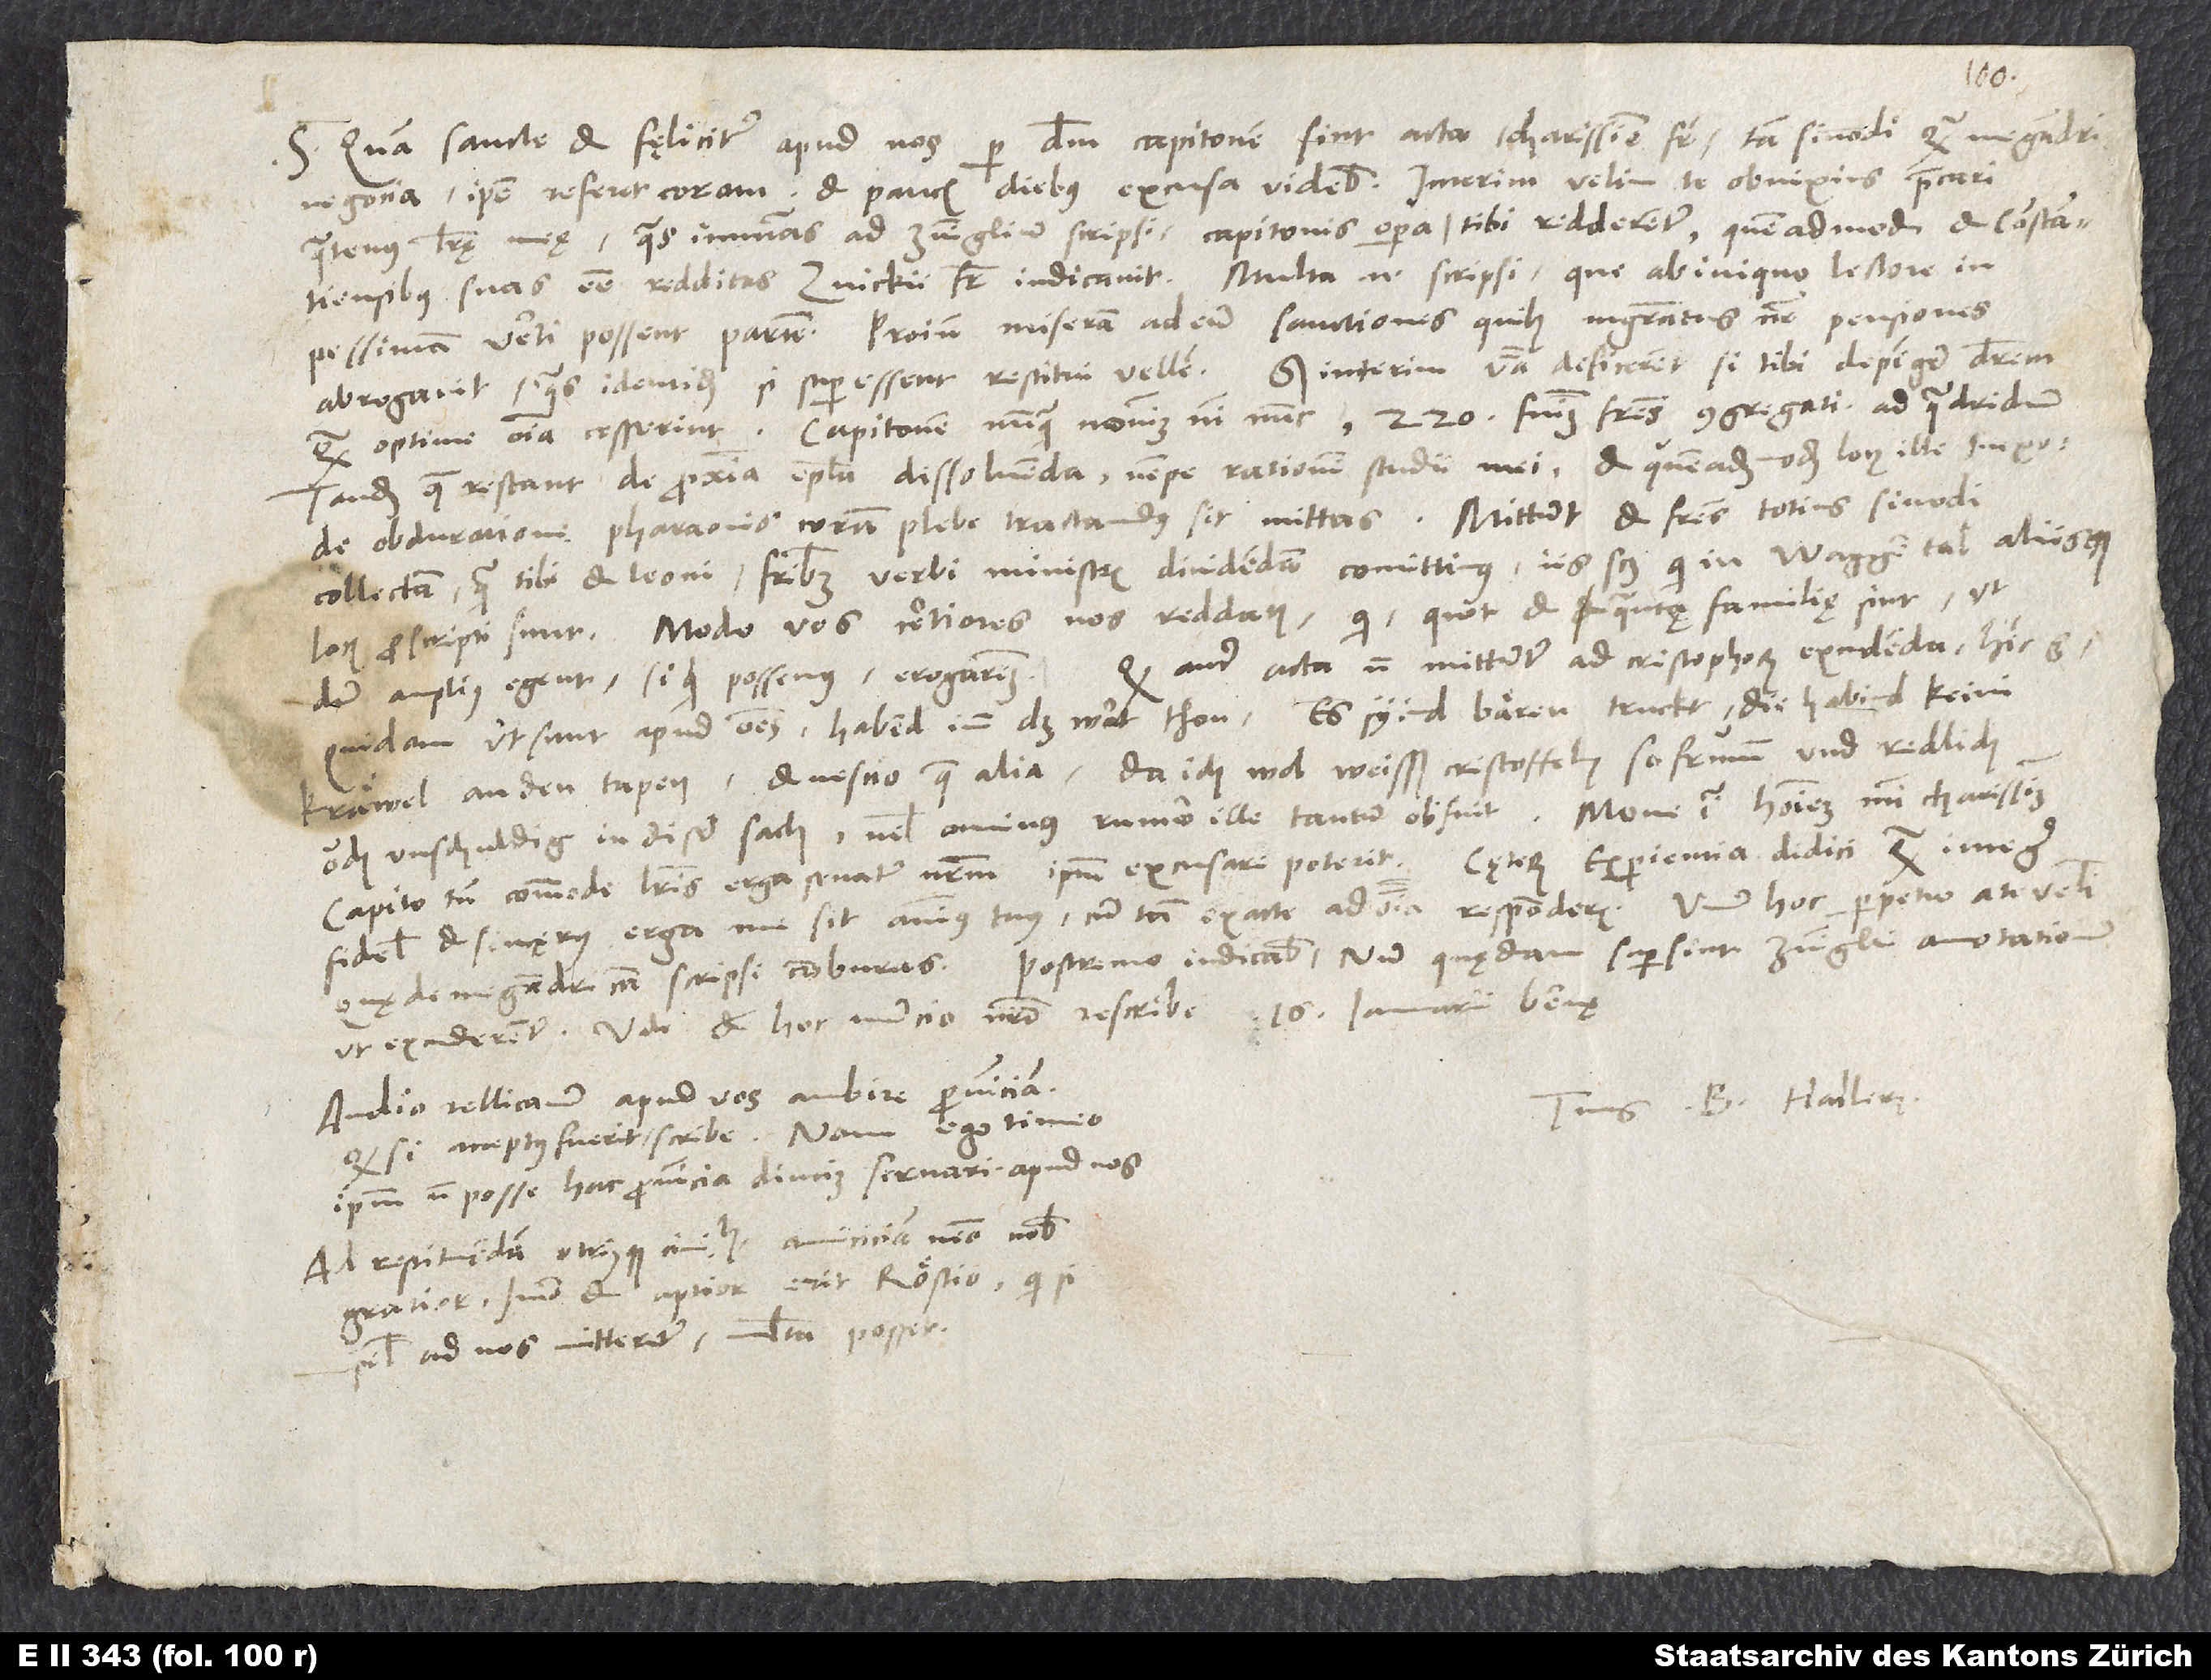
S. Quam sancte et fęliciter apud nos per dominum Capitonem sint acta, charissime frater, tam sinodi quam Megandri
quatenus literae meae, quas innumeras ad Zuinglium scripsi, Capitonis opera tibi redderentur, quemadmodum et Constantiensibus
suas esse redditas Zuickii frater indicavit. Multa enim scripsi, que ab iniquo lectore in
pessimam verti possent partem. Proinde miseram ad eum sanctiones, quibus magistratus noster pensiones
abrogavit, quas identidem, si superessent, restitui vellem. Sed interim verba deficerent, si tibi depingere deberem,
quam optime omnia cesserint. Capitonem nunquam novimus nisi nunc. 220 fuimus fratres congregati ad quadriduum.
Tandem quae restant de proxima epistola dissolvenda, nempe rationem studii mei, et quemadmodum locus ille in Exo de
collectam, quam tibi et Leoni fratribus verbi ministris dividendam comittimus, iis scilicet, qui in Waggental aliisque
locis proscripti sunt. Modo vos certiores nos reddatis, qui, quot et quantę familię sint, ut
Quod autem acta non mittuntur ad Cristophorum excudenda, hinc est:
dum amplius egent, si quid possemus, erogaremus.
quidam, ut sunt apud omnes, habend imm das wort thon, es syind bären truckt, die habind keini
kräwel an den tapen, et nescio quae alia, da ich wol weisß, Cristoffeln so frumm und redlich
ouch unschuldig in diser sach velut ovinus, rumor ille tantum obfuit. Mone igitur hominem mihi charissimum.
fidelis et sincęrus erga me sit animus tuus, cum tam exacte ad omnia responderis. Unum hoc perpetuo a te velim,
Postremo indicabis, num quędam supersint Zuinglii annotationum,
quę de Megandri causa scripsi, comburas.
Audio Rellicanum apud vos ambire provinciam.
Tuus B. Hallerus.
Quod si acceptus fuerit, scribe. Nam ego timeo
ipsum non posse hac provincia diucius servari apud nos.
Ad restituendam utriusque civitatis amiciciam nemo nobis
gratior, immo et aptior erit Röstio, qui si
semel ad nos mitteretur, multa posset.